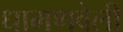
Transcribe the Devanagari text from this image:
धामणवेली